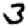
Digit: 3